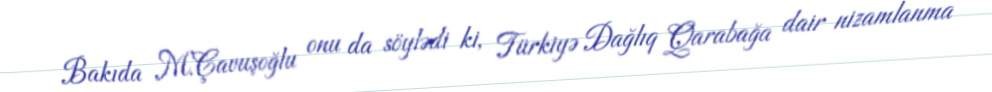
Bakıda M.Çavuşoğlu onu da söylədi ki, Türkiyə Dağlıq Qarabağa dair nizamlanma